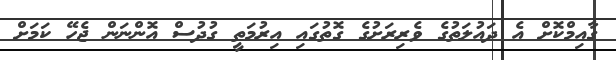
ގާއިމްކޮށް އެ ދައުލަތުގެ ވެރިރަށުގެ ގޮތުގައި އިރުމަތީ ގުދުސް އޮންނަން ޖެހޭ ކަމަށް